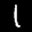
Label: 1